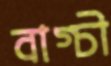
বাগ্চী